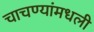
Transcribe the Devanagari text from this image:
चाचण्यांमधली